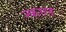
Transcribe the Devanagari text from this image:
न्काल